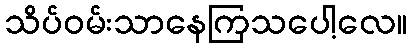
သိပ်ဝမ်းသာနေကြသပေါ့လေ။